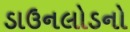
ડાઉનલોડનો